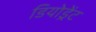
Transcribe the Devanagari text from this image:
डियोड्रेंट